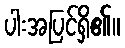
ပါးအပြင်ရှိ၏။